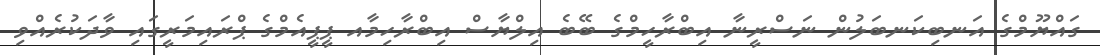
ގައްޔޫމްގެ އަނބިކަނބަލުން ނަސްރީނާ އިބްރާހީމްގެ ބޭބެ އިލްޔާސް އިބްރާހިމާއ ޕީޕީއެމްގެ ޕްރައިމަރީގައި ވާދަކުރެއްވި